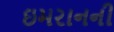
ઇમરાનની